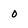
Character: o